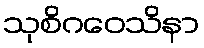
သုစိဂဝေသိနာ